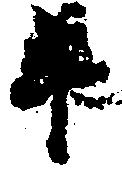
年